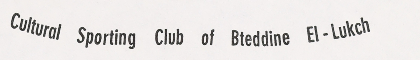
Cultural Sporting Club of Bteddine El-Lukch